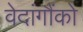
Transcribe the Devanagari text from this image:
वेदांगौंको